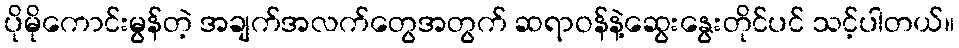
ပိုမိုကောင်းမွန်တဲ့ အချက်အလက်တွေအတွက် ဆရာဝန်နဲ့ဆွေးနွေးတိုင်ပင် သင့်ပါတယ်။